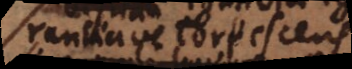
ignorantiave torquescens